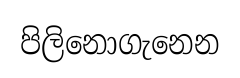
පිලිනොගැනෙන